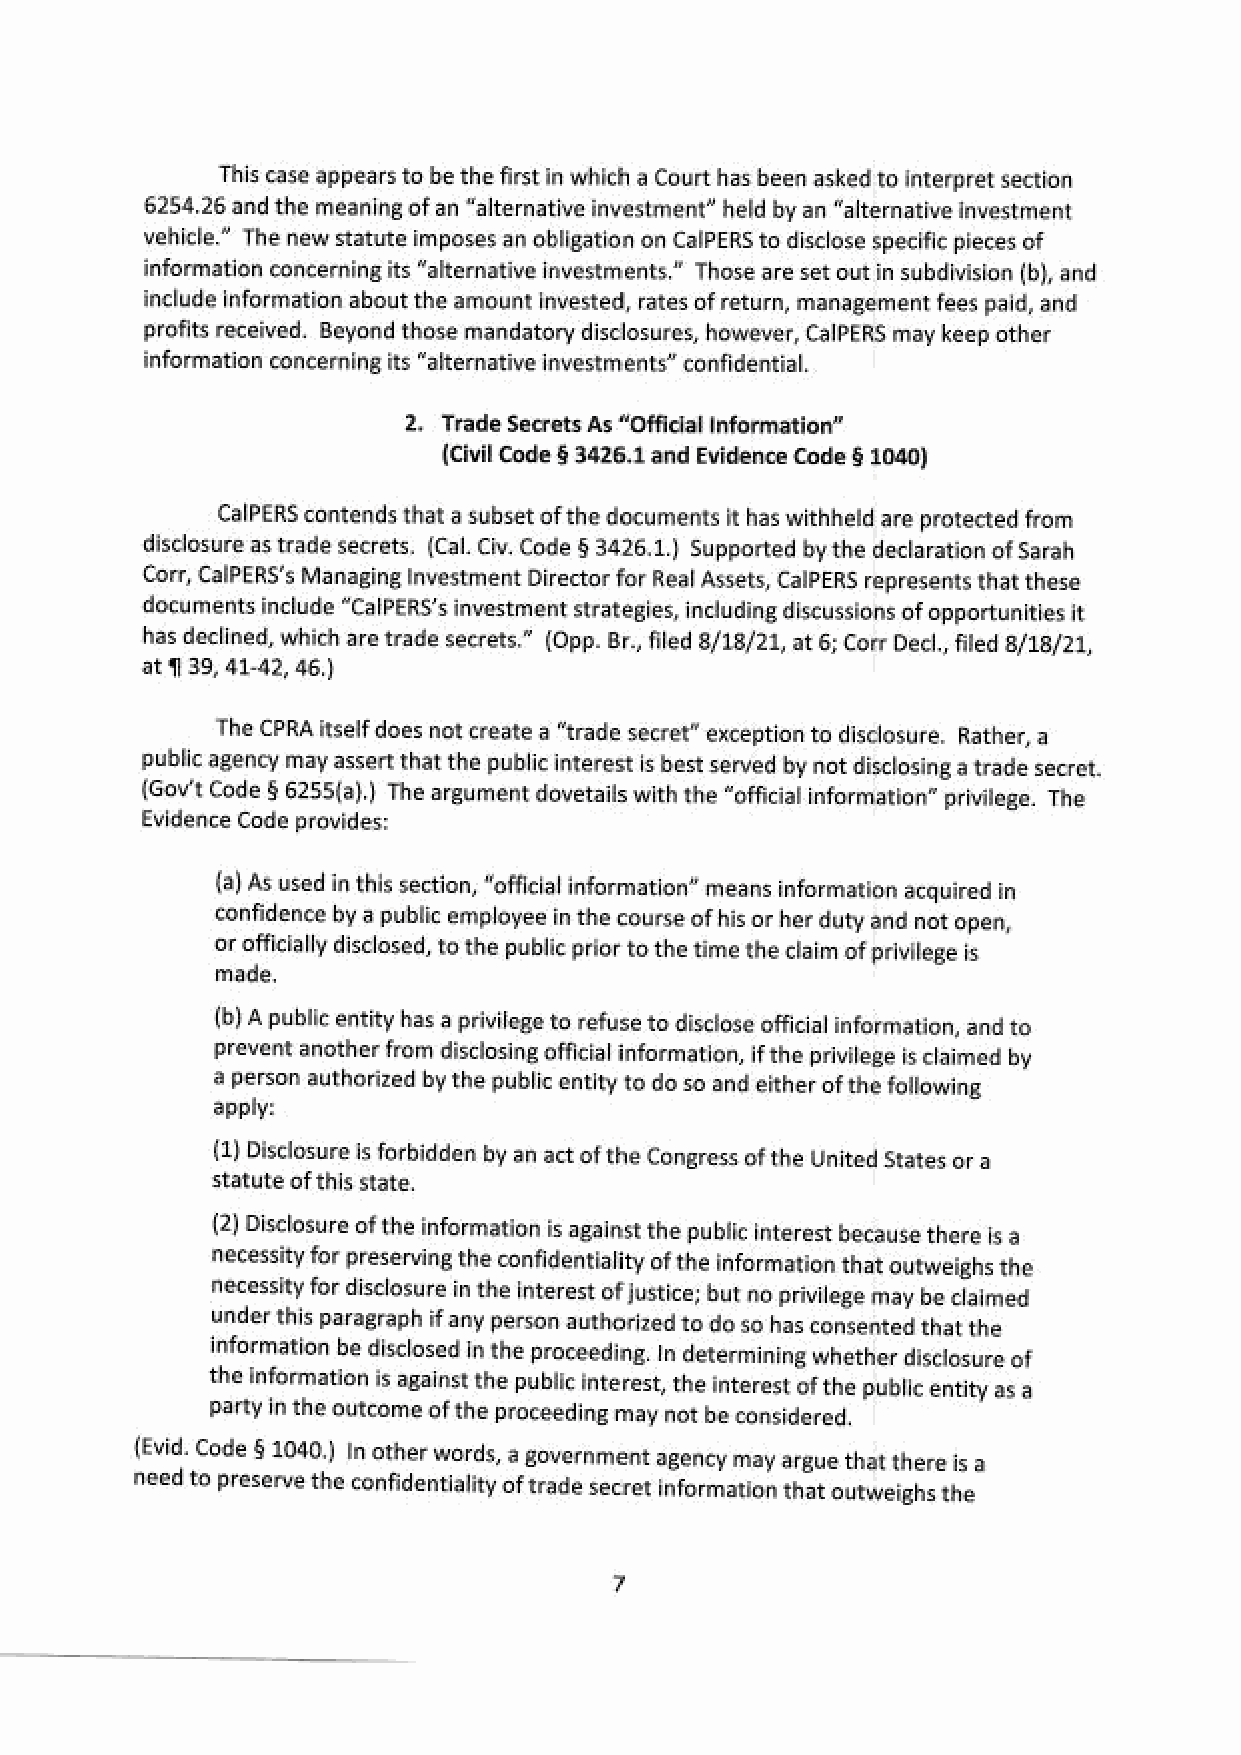
This case appears to be the first in which a Court has been asked to interpret section
 {6254.26 and the meaning of an “alternative investment” held by an “alternative investment
 vehicle.” The new statute imposes an obligation on CalPERS to disclose specific pieces of
 information concerning its “alternative investments.” Those are set out in subdivision (b), and
 include information about the amount invested, rates of return, management fees paid, and
 profits received. Beyond those mandatory disclosures, however, CalPERS may keep other
 information concerning its “alternative investments” confidential
 2. Trade Secrets As “Official Information”
 {Civil Code § 3426.1 and Evidence Code § 1040)
 CalPERS contends that a subset of the documents it has withheld are protected from
 disclosure as trade secrets. (Cal. Civ. Code § 3426.1.) Supported by the declaration of Sarah
 Corr, CalPERS's Managing Investment Director for Real Assets, CalPERS represents that these
 documents include "CalPERS's investment strategies, including discussions of opportunities it
 has declined, which are trade secrets.” (Opp. Br., fled 8/18/21, at 6; Corr Decl, filed 8/18/21,
 at 939, 41-42, 46,)
 ‘The CPRA itself does not create a “trade secret” exception to disclosure. Rather, a
 public agency may assert that the public interest is best served by not disclosinga trade secret.
 (Gov't Code § 6255(a),) The argument dovetails with the “official information” privilege. The
 Evidence Code provides:
 (2) As used in this section, “official information” means information acquired in
 Confidence by a public employee in the course of his or her duty and not open,
 or officially disclosed, to the public prior to the time the claim of privilege is
 made.
 (6) A public entity has a privilege to refuse to disclose oficial information, and to
 prevent another from disclosing official information, ifthe privilege is claimed by
 @ person authorized by the public entity to do so and either of the following
 apply:
 (2)  Disclosure is forbidden by an act of the Congress of the United States or a
 statute of this state,
 (2) Disclosure of the information is against the public interest because there is @
 ‘necessity for preserving the confidentiality of the information that outweighs the
 ecessity for disclosure inthe interest of justice; but no privilege may be claimed
 under this paragraph if any person authorized to do so has consented that the
 information be disclosed in the proceeding. In determining whether disclosure of
 the information is against the public interest, the interest of the public entity as a
 arty in the outcome of the proceeding may not be considered.
 (Evid. Code § 1040.) In other words, a government agency may argue that there is 9
 ‘need to preserve the confidentiality of trade secret informatiothnat outweighs the